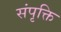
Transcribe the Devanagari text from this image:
संपृक्ति